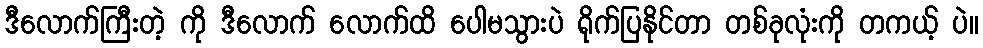
ဒီလောက်ကြီးတဲ့ ကို ဒီလောက် လောက်ထိ ပေါမသွားပဲ ရိုက်ပြနိုင်တာ တစ်ခုလုံးကို တကယ့် ပဲ။